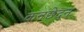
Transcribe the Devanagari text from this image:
कनछेदन